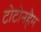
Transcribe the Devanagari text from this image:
टोटोनहैम